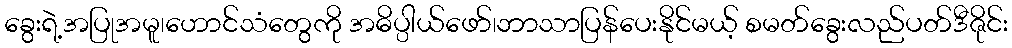
ခွေးရဲ့အပြုအမူ၊ဟောင်သံတွေကို အဓိပ္ပါယ်ဖော်၊ဘာသာပြန်ပေးနိုင်မယ့် စမတ်ခွေးလည်ပတ်ဒီဇိုင်း